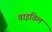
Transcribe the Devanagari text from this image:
वाइविल